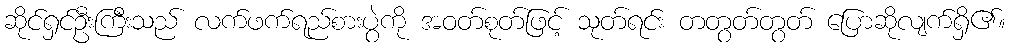
ဆိုင်ရှင်ဦးကြီးသည် လက်ဖက်ရည်စားပွဲကို အဝတ်စုတ်ဖြင့် သုတ်ရင်း တတွတ်တွတ် ပြောဆိုလျက်ရှိ၏။